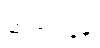
ဆရာဝန်နဲ့